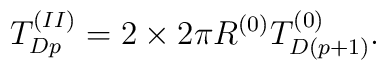
T^{(II)}_{Dp}=2\times 2\pi R^{(0)}T^{(0)}_{D(p+1)}.